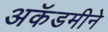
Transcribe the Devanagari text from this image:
अकॅडमीने